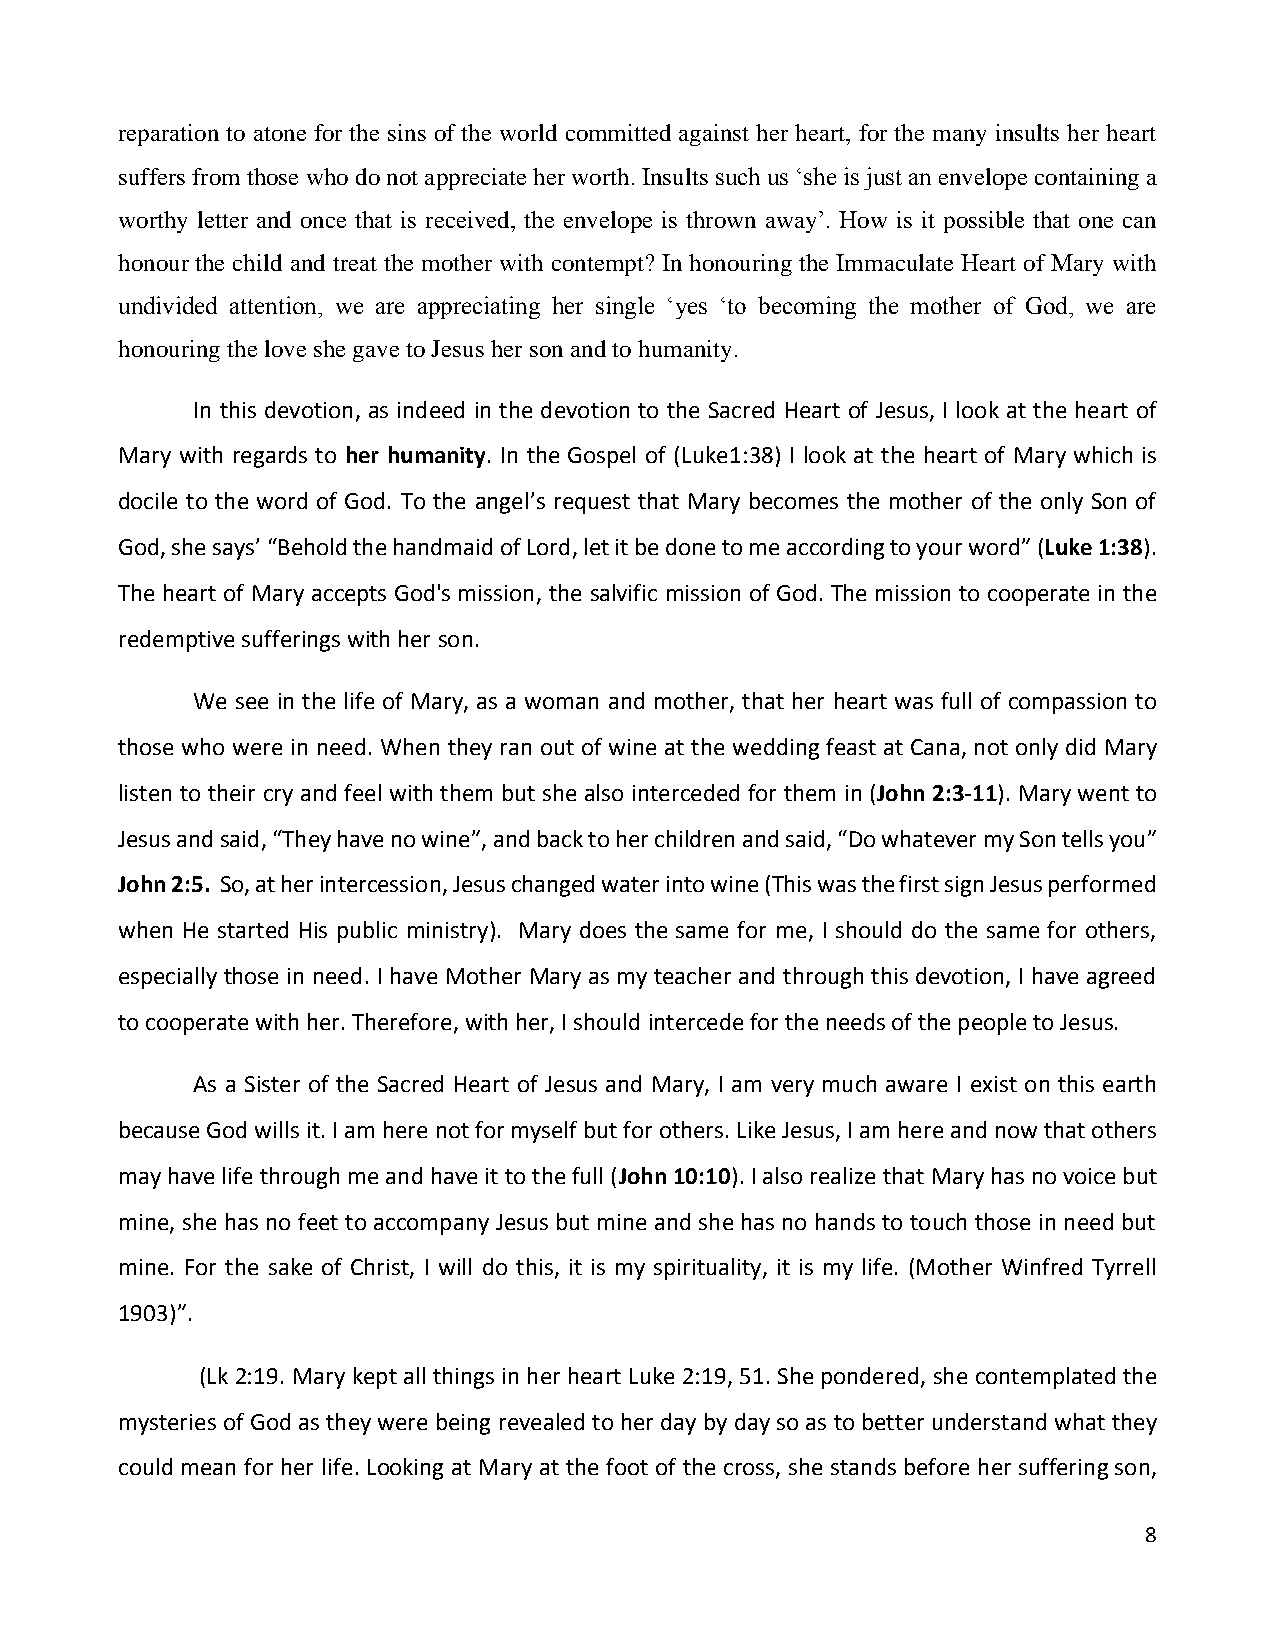
reparation to atone for the sins of the world committed against her heart, for the many insults her heart
 suffers from those who do not appreciate her worth. Insults such us ‘she is just an envelope containing a
 worthy letter and once that is received, the envelope is thrown away’. How is it possible that one can
 honour the child and treat the mother with contempt? In honouring the Immaculate Heart of Mary with
 undivided attention, we are appreciating her single ‘yes ‘to becoming the mother of God, we are
 honouring the love she gave to Jesus her son and to humanity.
 In this devotion, as indeed in the devotion to the Sacred Heart of Jesus, I look at the heart of
 Mary with regards to her humanity. In the Gospel of (Luke1:38) I look at the heart of Mary which is
 docile to the word of God. To the angel’s request that Mary becomes the mother of the only Son of
 God, she says’ “Behold the handmaid of Lord, let it be done to me according to your word” (Luke 1:38).
 The heart of Mary accepts God's mission, the salvific mission of God. The mission to cooperate in the
 redemptive sufferings with her son.
 We see in the life of Mary, as a woman and mother, that her heart was full of compassion to
 those who were in need. When they ran out of wine at the wedding feast at Cana, not only did Mary
 listen to their cry and feel with them but she also interceded for them in (John 2:3-11). Mary went to
 Jesus and said, “They have no wine”, and back to her children and said, “Do whatever my Son tells you”
 John 2:5. So, at her intercession, Jesus changed water into wine (This was the first sign Jesus performed
 when He started His public ministry). Mary does the same for me, I should do the same for others,
 especially those in need. I have Mother Mary as my teacher and through this devotion, I have agreed
 to cooperate with her. Therefore, with her, I should intercede for the needs of the people to Jesus.
 As a Sister of the Sacred Heart of Jesus and Mary, I am very much aware I exist on this earth
 because God wills it. I am here not for myself but for others. Like Jesus, I am here and now that others
 may have life through me and have it to the full (John 10:10). I also realize that Mary has no voice but
 mine, she has no feet to accompany Jesus but mine and she has no hands to touch those in need but
 mine. For the sake of Christ, I will do this, it is my spirituality, it is my life. (Mother Winfred Tyrrell
 1903)”.
 (Lk 2:19. Mary kept all things in her heart Luke 2:19, 51. She pondered, she contemplated the
 mysteries of God as they were being revealed to her day by day so as to better understand what they
 could mean for her life. Looking at Mary at the foot of the cross, she stands before her suffering son,
 8